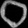
Digit: ၀